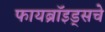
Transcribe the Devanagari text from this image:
फायब्रॉइड्सचे